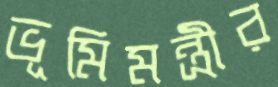
ভূমিমন্ত্রীর